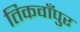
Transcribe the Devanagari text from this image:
तिकवाँपुर